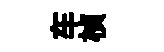
车楨